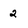
Character: 2